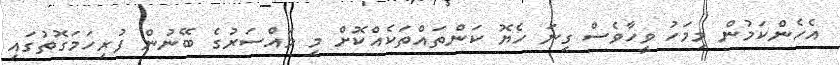
އެހެންކަމުން މިމަހު ވީހާވެސް ގިނަ ހެޔޮ ކަންތައްތަކެއްކޮށް މި މައްސަރުގެ ބޭނުން ފުރިހަމަގޮތުގައި